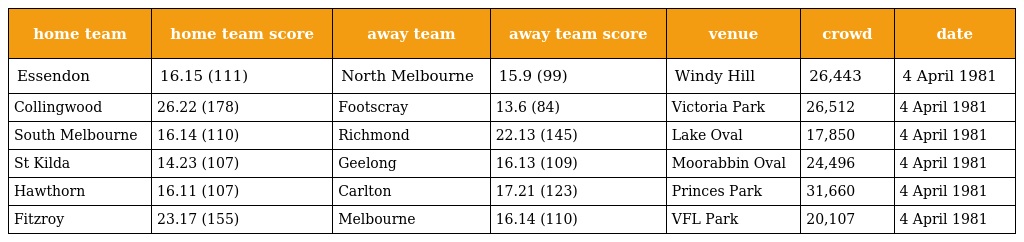
| home team | home team score | away team | away team score | venue | crowd | date |
 | --- | --- | --- | --- | --- | --- | --- |
 | Essendon | 16.15 (111) | North Melbourne | 15.9 (99) | Windy Hill | 26,443 | 4 April 1981 |
 | Collingwood | 26.22 (178) | Footscray | 13.6 (84) | Victoria Park | 26,512 | 4 April 1981 |
 | South Melbourne | 16.14 (110) | Richmond | 22.13 (145) | Lake Oval | 17,850 | 4 April 1981 |
 | St Kilda | 14.23 (107) | Geelong | 16.13 (109) | Moorabbin Oval | 24,496 | 4 April 1981 |
 | Hawthorn | 16.11 (107) | Carlton | 17.21 (123) | Princes Park | 31,660 | 4 April 1981 |
 | Fitzroy | 23.17 (155) | Melbourne | 16.14 (110) | VFL Park | 20,107 | 4 April 1981 |